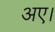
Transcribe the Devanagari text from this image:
अए।